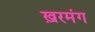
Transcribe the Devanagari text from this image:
ख़रमंग